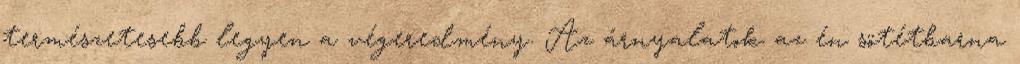
természetesebb legyen a végeredmény. Az árnyalatok az én sötétbarna